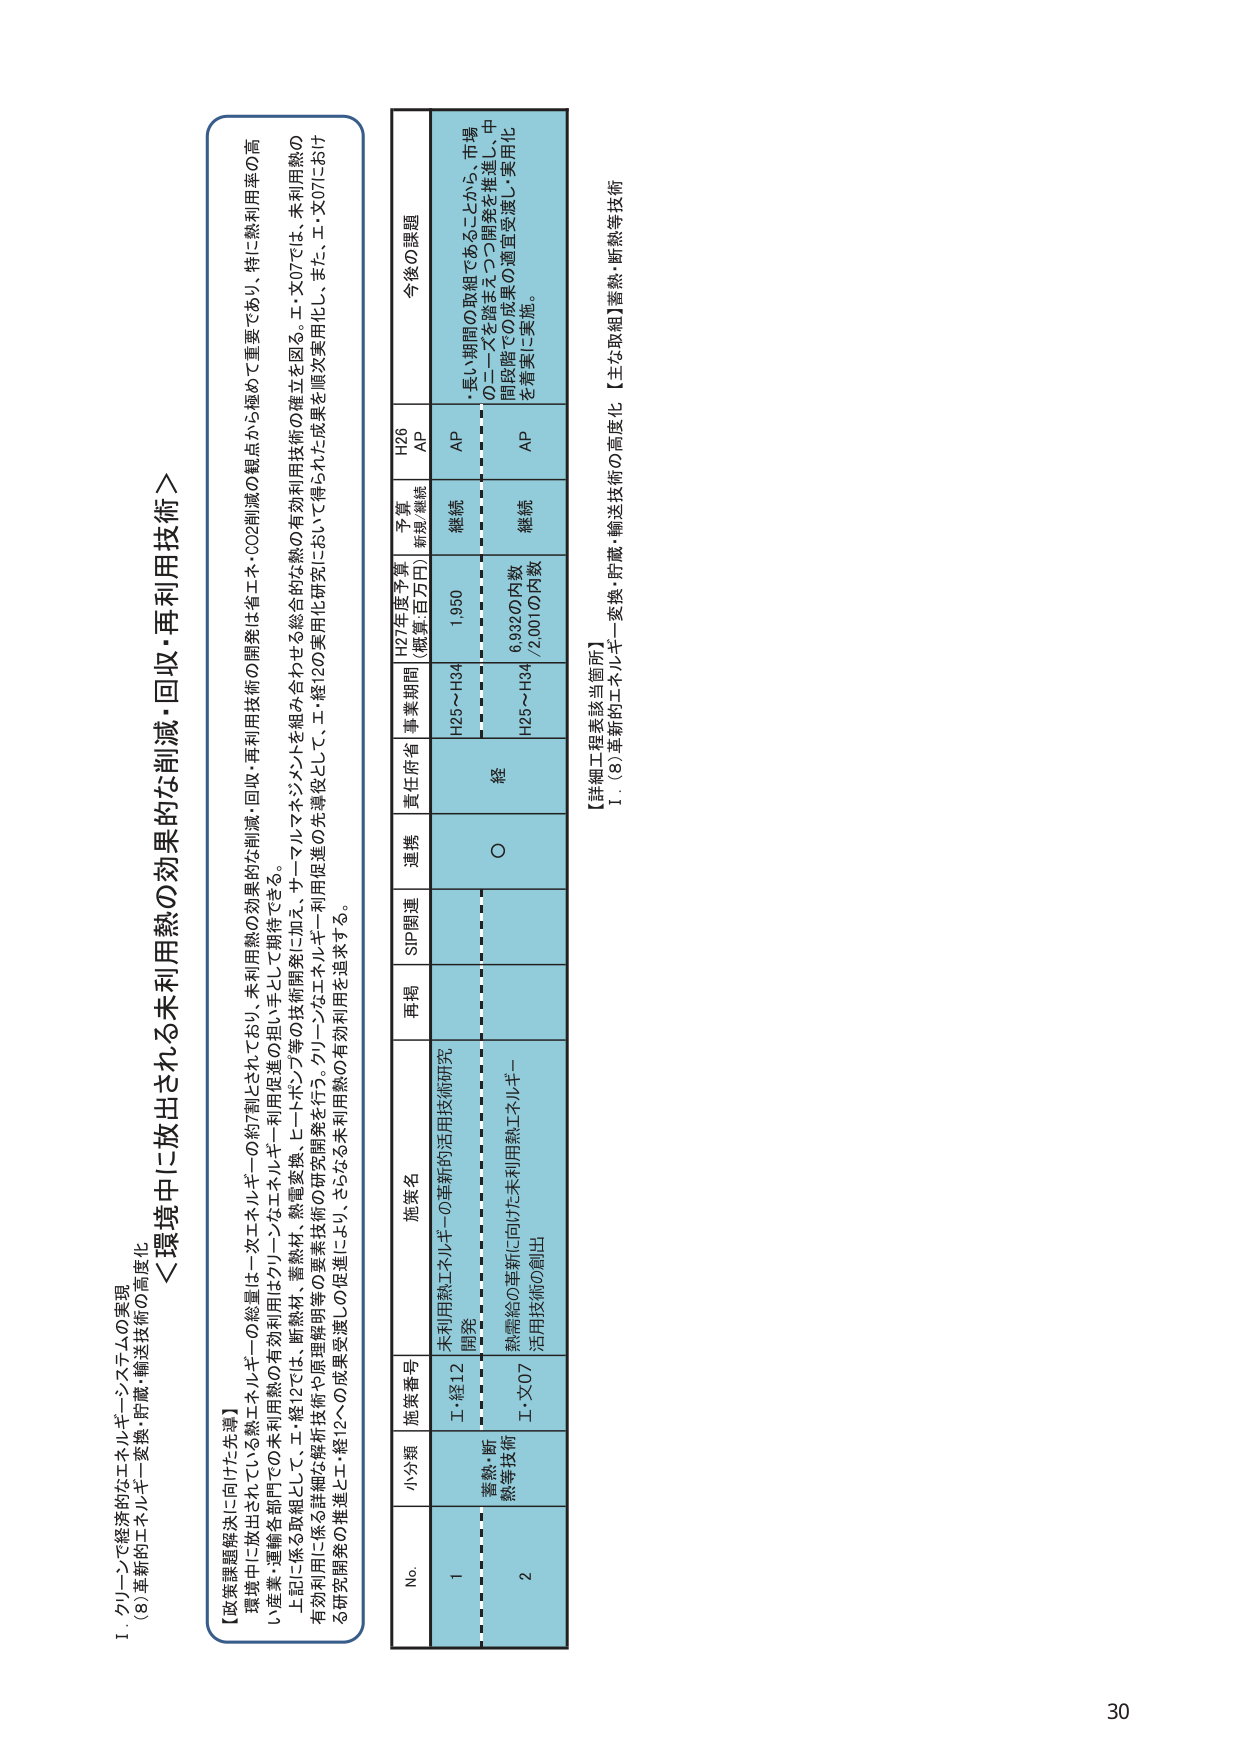
I. クリーンで経済的なエネルギー・システムの実現
(8) 革新的エネルギー変換・貯蔵・輸送技術の高度化
＜環境中に放出される未利用熱の効果的な削減・回収・再利用技術＞
【政策課題解決に向けた先導】
環境中に放出されている未利用熱の有効利用はクリーンなエネルギーの総量は一次エネルギーの約7割とされており、未利用熱の効果的な削減・回収・再利用技術の開発は省エネ・CO2削減の観点から極めて重要であり、特に熱利用率の高い産業・運輸各部門での未利用熱の有効利用はクリーンなエネルギー利用促進の担い手として期待できる。
上記に係る取組として、エ・経12では、断熱材・蓄熱材・熱量変換・ヒートポンプ等の技術開発に加え、サーマルマネジメントを組み合わせる総合的な熱の有効利用に係る詳細な解析技術や原理開発等の要素技術の研究開発を行う。クリーンなエネルギー利用促進の先導役として、エ・経12の実用化研究において得られた成果を順次実用化し、また、エ・文07における研究開発の推進とエ・経12への成果受渡しの促進により、さらなる未利用熱の有効利用を追求する。

No. 小分類 施策番号 施策名 再掲 SIP関連 連携 責任府省 事業期間 H27年度予算 (概算:百万円) 予算 新規/継続 H26 AP 今後の課題
1 蓄熱・断熱等技術 エ・経12 未利用熱エネルギーの革新的活用技術研究 開発 〇 経 H25～H34 1,950 継続 AP ・長い期間の取組であることから、市場のニーズを踏まえつつ開発を推進し、中間段階での成果の適宜受渡し・実用化を着実に実施。
2 エ・文07 熱需給の革新に向けた未利用熱エネルギー活用技術の創出 H25～H34 6,932の内数 /2,001の内数 継続 AP

【詳細工程表該当箇所】
I. (8) 革新的エネルギー変換・貯蔵・輸送技術の高度化 【主な取組】蓄熱・断熱等技術

30